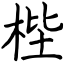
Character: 梐